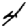
Digit: 4